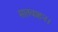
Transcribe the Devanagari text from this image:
सातवाहन।